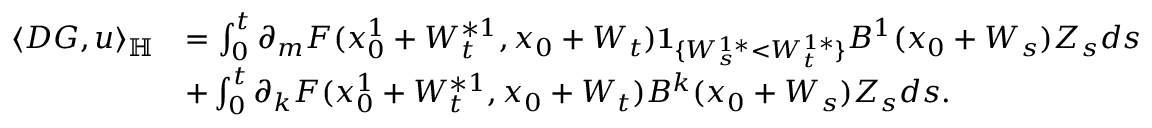
\begin{array} { r l } { \langle D G , u \rangle _ { { \mathbb H } } } & { = \int _ { 0 } ^ { t } \partial _ { m } F ( { x _ { 0 } ^ { 1 } } + W _ { t } ^ { * 1 } , x _ { 0 } + W _ { t } ) { \mathbf 1 } _ { \{ W _ { s } ^ { 1 * } < W _ { t } ^ { 1 * } \} } B ^ { 1 } ( x _ { 0 } + W _ { s } ) { Z _ { s } } d s } \\ & { + \int _ { 0 } ^ { t } { \partial _ { k } } F ( { x _ { 0 } ^ { 1 } } + W _ { t } ^ { * 1 } , x _ { 0 } + W _ { t } ) B ^ { k } ( x _ { 0 } + W _ { s } ) { Z _ { s } } d s . } \end{array}